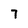
Character: 7